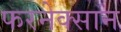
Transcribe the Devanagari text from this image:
फरनेक्सान